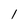
Character: 1